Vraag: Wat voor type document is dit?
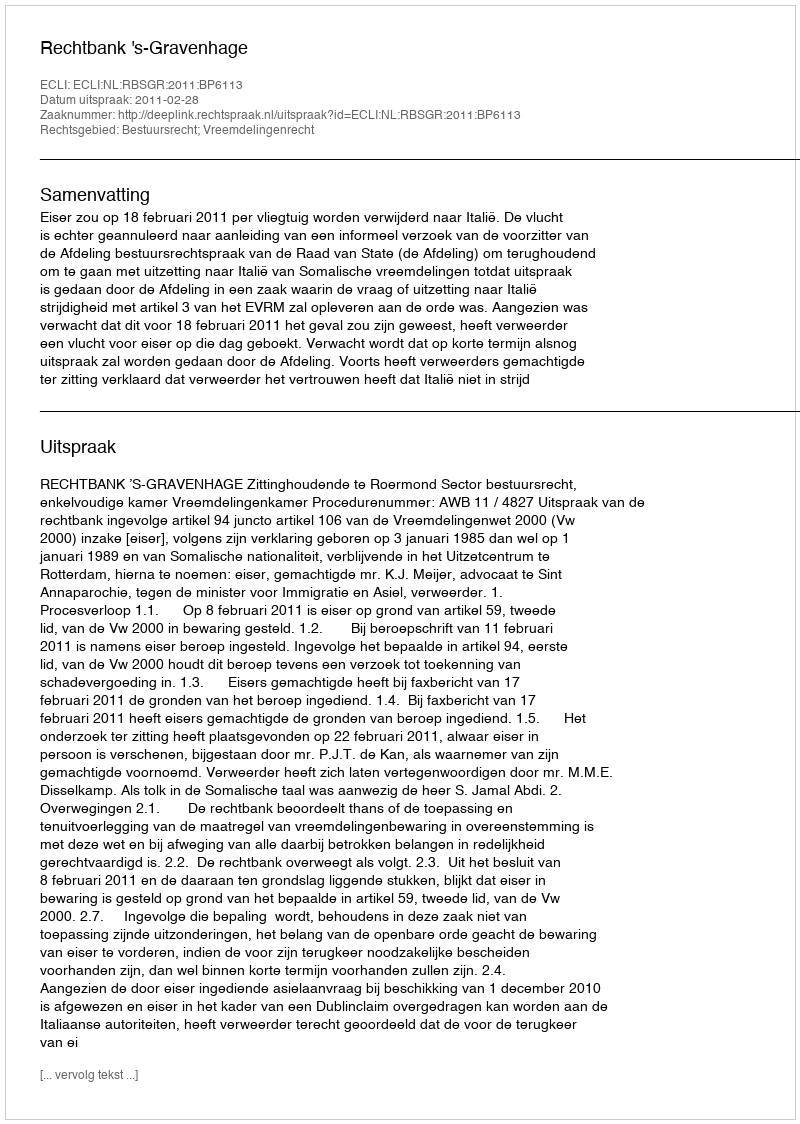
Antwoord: Uitspraak